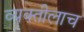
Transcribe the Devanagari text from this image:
व्यक्तीलाच